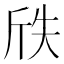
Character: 𭤢